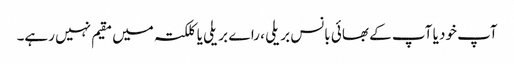
آپ خود یا آپ کے بھائی بانس بریلی ، راے بریلی یا کلکتہ میں مقیم نہیں رہے۔